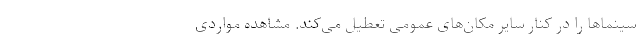
سینماها را در کنار سایر مکان‌های عمومی تعطیل می‌کند. مشاهده مواردی